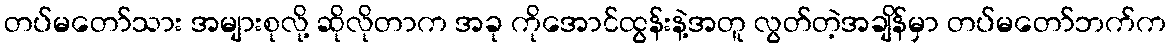
တပ်မတော်သား အများစုလို့ ဆိုလိုတာက အခု ကိုအောင်ထွန်းနဲ့အတူ လွတ်တဲ့အချိန်မှာ တပ်မတော်ဘက်က